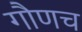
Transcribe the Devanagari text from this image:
गौणच